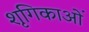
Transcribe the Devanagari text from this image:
शृगिकाओं